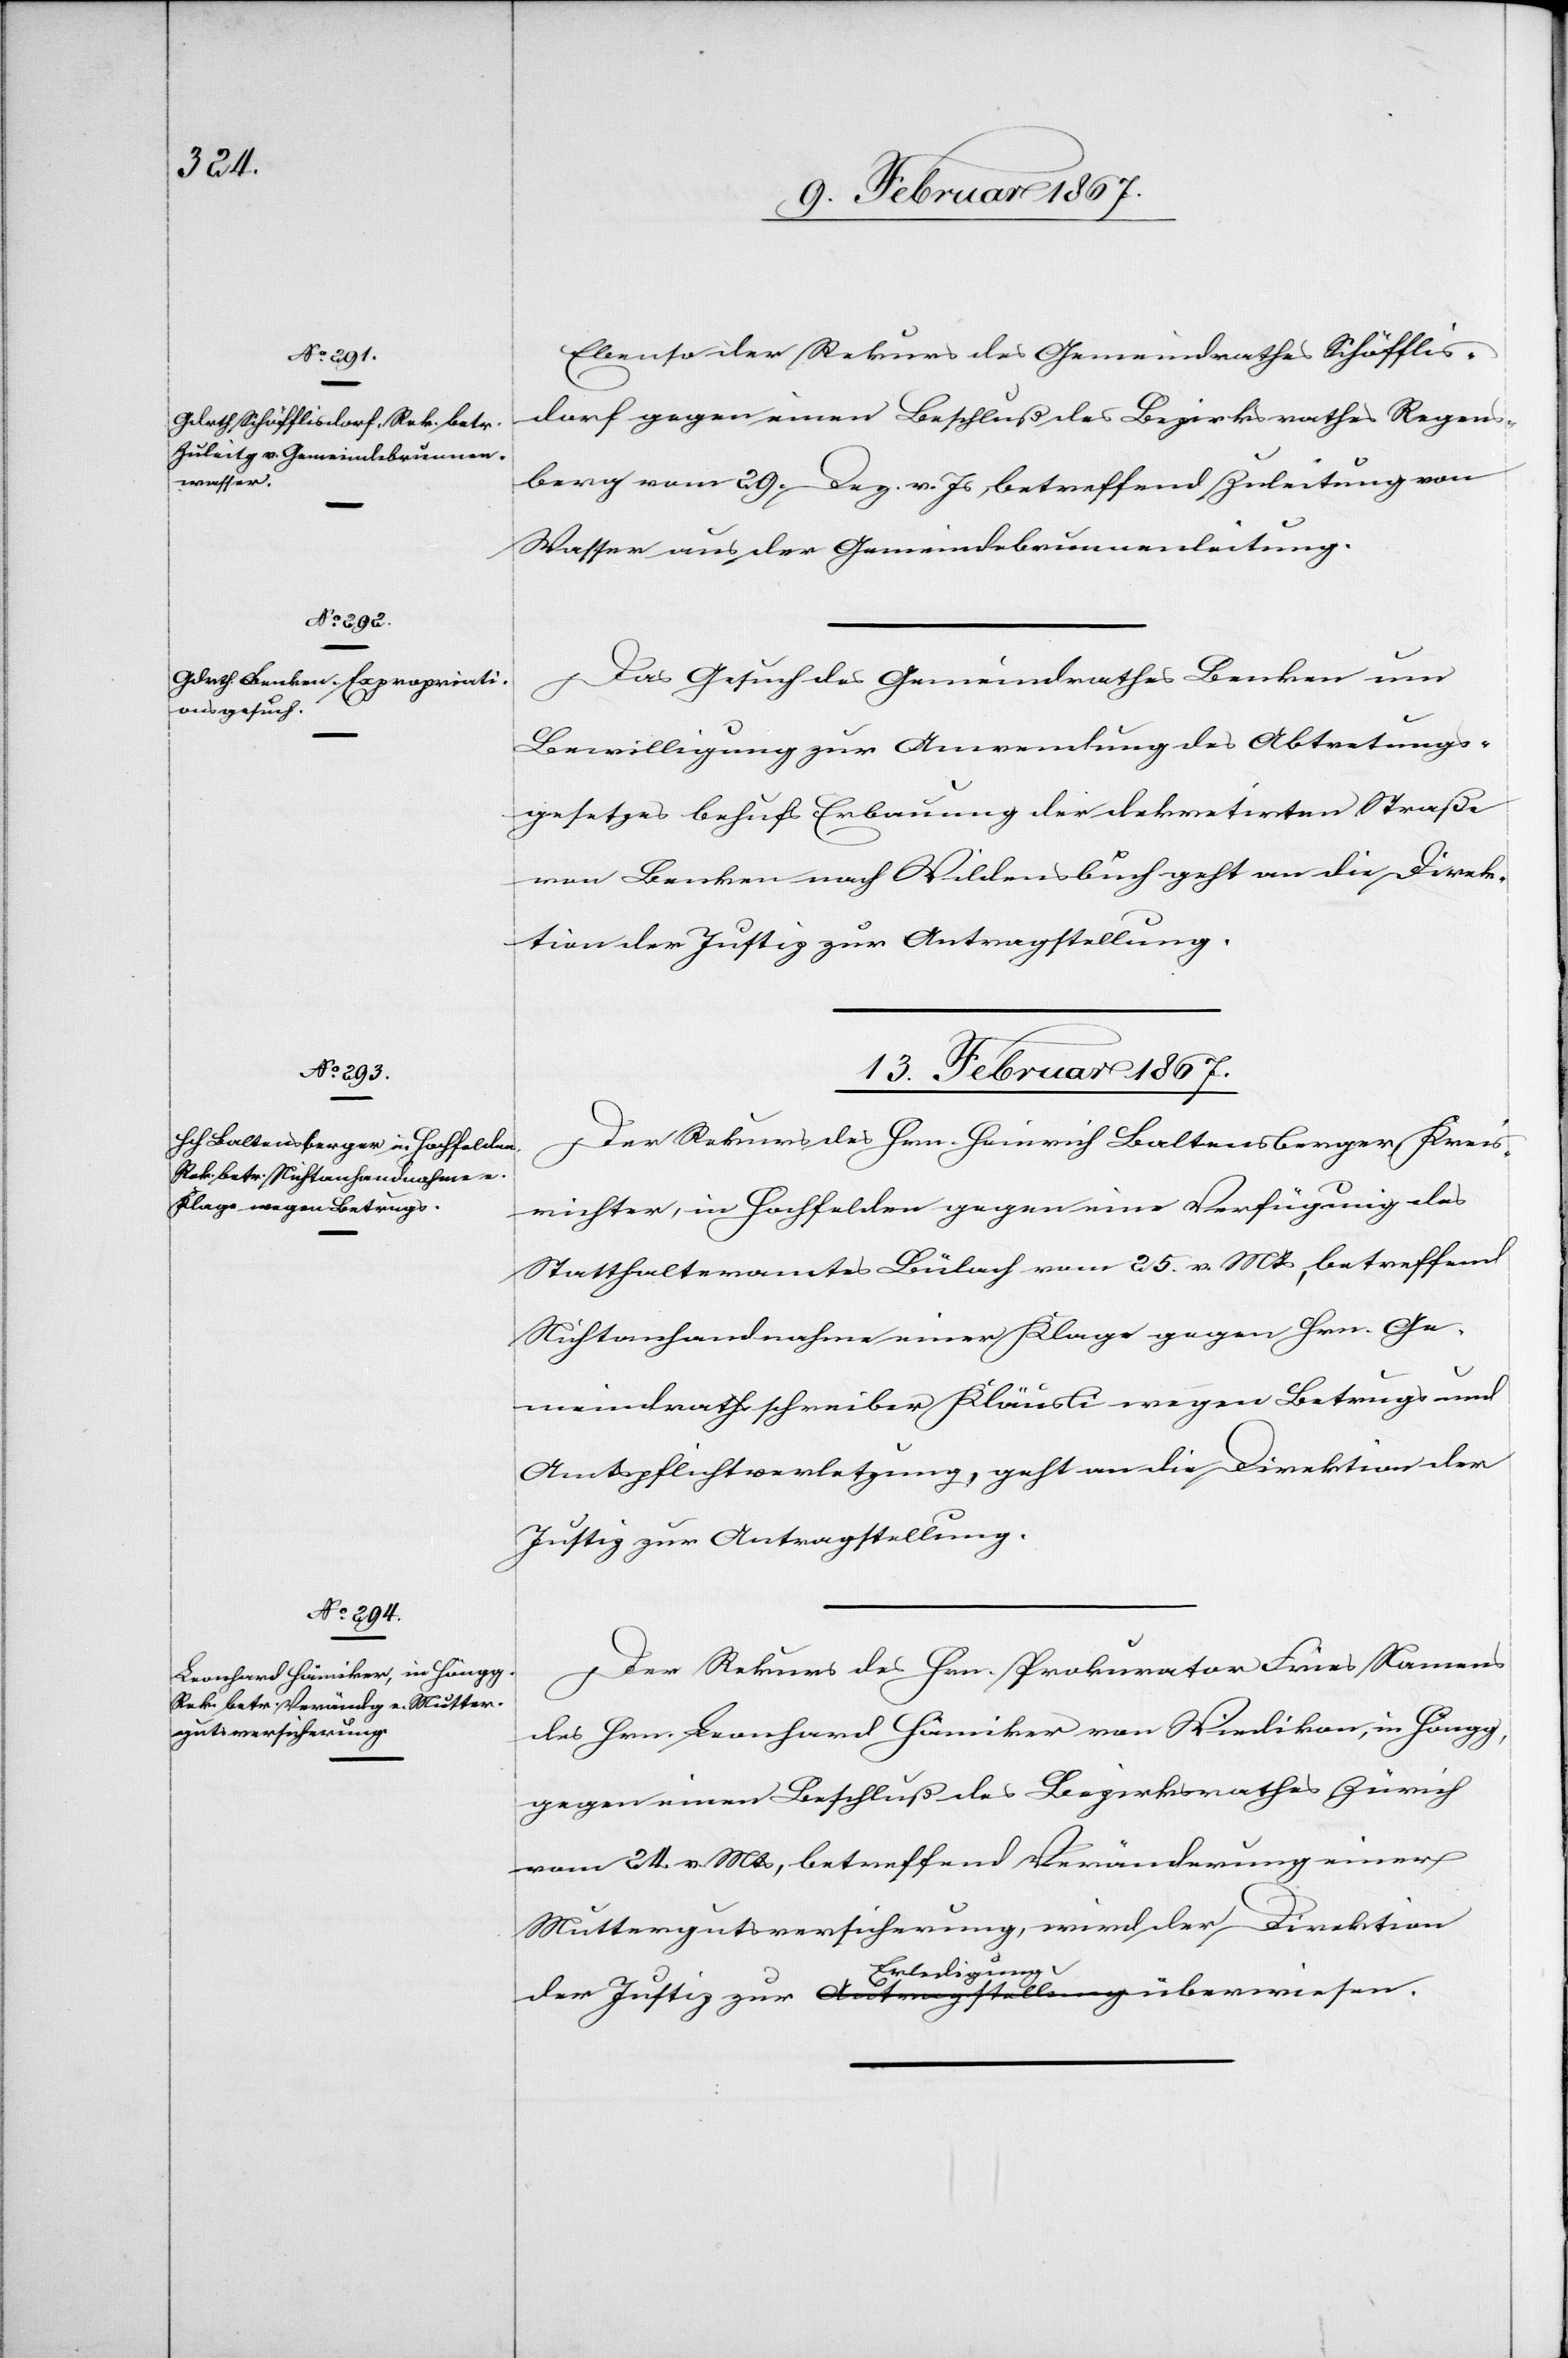
12. Februar 1867.]
Ebenso der Rekurs des Gemeindrathes Schöfflis¬
dorf gegen einen Beschluß des Bezirksrathes Regens¬
berg vom 29. Dez. v. Js, betreffend Zuleitung von
Wasser aus der Gemeindebrunnenleitung.
Das Gesuch des Gemeindrathes Benken um
Bewilligung zur Anwendung des Abtretungs¬
gesetzes behufs Erbauung der dekretirten Straße
von Benken nach Wildensbuch geht an die Direk¬
tion der Justiz zur Antragstellung.
13. Februar 1867.]
Der Rekurs des Hrn. Heinrich Baltensberger, Kreis¬
richter, in Hochfelden gegen eine Verfügung des
Statthalteramtes Bülach vom 25. v. Mts, betreffend
Nichtanhandnahme einer Klage gegen Hrn. Ge¬
meindrathsschreiber Kläusli wegen Betrugs und
Amtspflichtverletzung, geht an die Direktion der
Justiz zur Antragstellung
Der Rekurs des Hrn. Prokurator Fries Namens
des Hrn. Leonhard Hämiker von Wiedikon, in Höngg,
gegen einen Beschluß des Bezirksrathes Zürich
vom 24. v. Mts, betreffend Veränderung einer
Muttergutsversicherung, wird der Direktion
der Justiz zur Erledigung überwiesen.